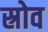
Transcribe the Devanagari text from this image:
स्रोव